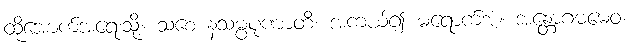
ထိုအောက်အရေးသို့။ သစေ နသမ္ပပုဏာတိ၊ အကယ်၍ မရောက်အံ့။ အန္တောဂဓမေဝ၊